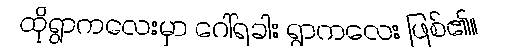
ထိုရွာကလေးမှာ ဂေါ်ရခါး ရွာကလေး ဖြစ်၏။